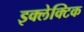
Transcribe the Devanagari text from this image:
इक्लेक्टिक